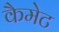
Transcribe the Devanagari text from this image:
कैमेट